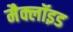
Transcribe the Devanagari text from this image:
मैक्लॉइड